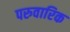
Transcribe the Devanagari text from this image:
परुवारिक